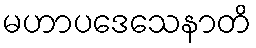
မဟာပဒေသေနာတိ